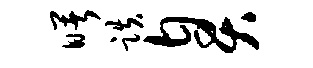
曙跌臭